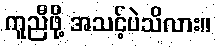
ကူညီဖို့ အသင့်ပဲသိလား။